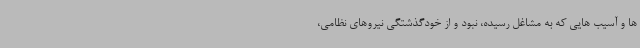
ها و آسیب هایی که به مشاغل رسیده، نبود و از خودگذشتگی نیروهای نظامی،